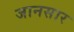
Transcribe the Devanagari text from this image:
जानसार